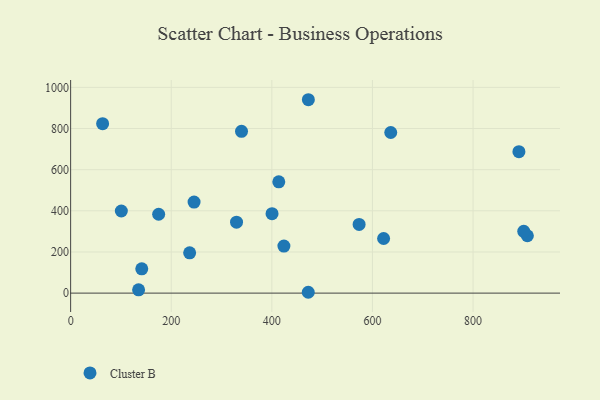
{"axis": {"x": "Speed", "y": "Yield"}, "legend": ["Cluster B"], "data": [{"x": "413.8", "y": 540.8, "type": "Cluster B"}, {"x": "175.0", "y": 383.2, "type": "Cluster B"}, {"x": "636.4", "y": 780.6, "type": "Cluster B"}, {"x": "908.0", "y": 278.9, "type": "Cluster B"}, {"x": "63.6", "y": 823.6, "type": "Cluster B"}, {"x": "245.4", "y": 442.6, "type": "Cluster B"}, {"x": "135.1", "y": 15.9, "type": "Cluster B"}, {"x": "424.0", "y": 228.5, "type": "Cluster B"}, {"x": "236.6", "y": 195.9, "type": "Cluster B"}, {"x": "141.4", "y": 117.9, "type": "Cluster B"}, {"x": "472.6", "y": 939.9, "type": "Cluster B"}, {"x": "472.4", "y": 4.1, "type": "Cluster B"}, {"x": "100.8", "y": 399.2, "type": "Cluster B"}, {"x": "400.4", "y": 386.1, "type": "Cluster B"}, {"x": "900.8", "y": 300.1, "type": "Cluster B"}, {"x": "622.2", "y": 265.4, "type": "Cluster B"}, {"x": "329.8", "y": 344.8, "type": "Cluster B"}, {"x": "339.7", "y": 786.5, "type": "Cluster B"}, {"x": "891.2", "y": 687.4, "type": "Cluster B"}, {"x": "573.5", "y": 334.0, "type": "Cluster B"}]}